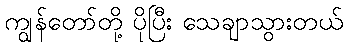
ကျွန်တော်တို့ ပိုပြီး သေချာသွားတယ်